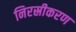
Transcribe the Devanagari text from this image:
निरस्रीकरण